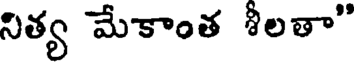
నిత్య మేకాంత శీలతా"